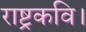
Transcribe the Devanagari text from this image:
राष्ट्रकवि।